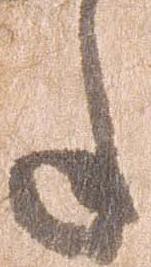
年